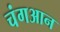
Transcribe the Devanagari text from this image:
चंगआन